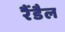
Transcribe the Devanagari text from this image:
रैंडैल